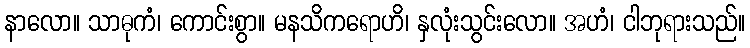
နာလော။ သာဓုကံ၊ ကောင်းစွာ။ မနသိကရောဟိ၊ နှလုံးသွင်းလော။ အဟံ၊ ငါဘုရားသည်။